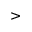
>